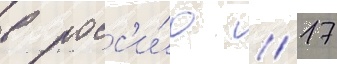
в росс'и́ю // 17